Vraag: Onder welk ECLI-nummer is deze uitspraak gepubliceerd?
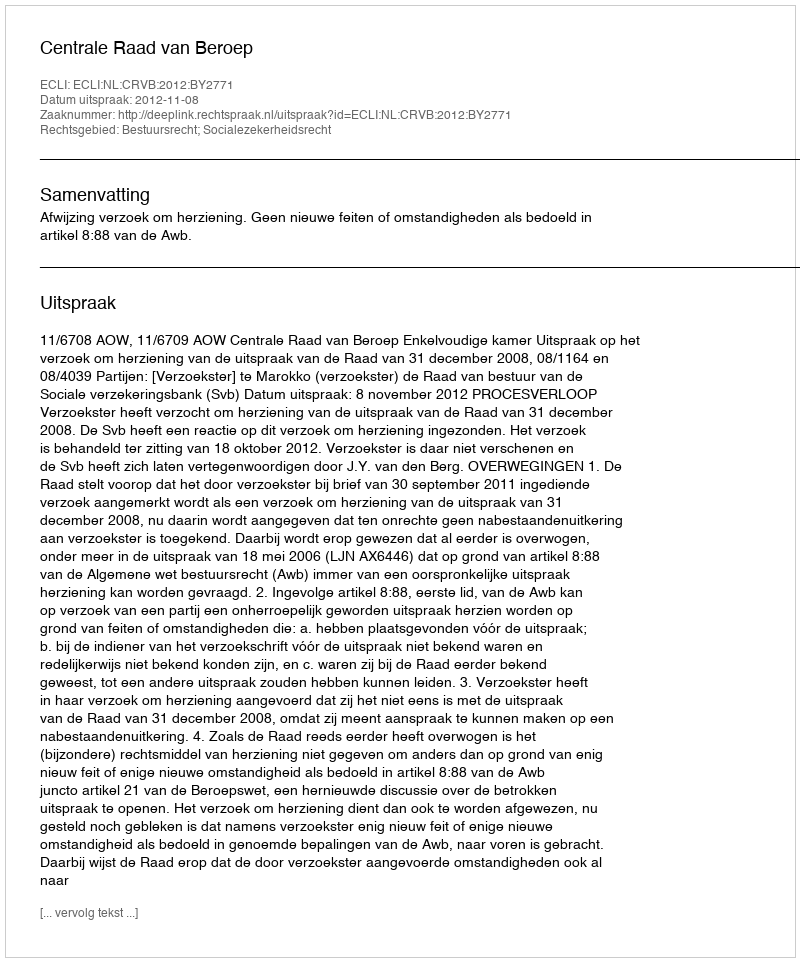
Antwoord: ECLI:NL:CRVB:2012:BY2771